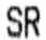
SR